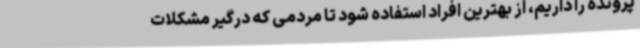
پرونده را داریم، از بهترین افراد استفاده شود تا مردمی که درگیر مشکلات